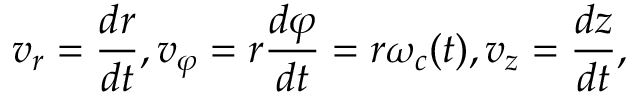
v _ { r } = \frac { d r } { d t } , v _ { \varphi } = r \frac { d \varphi } { d t } = r \omega _ { c } ( t ) , v _ { z } = \frac { d z } { d t } ,